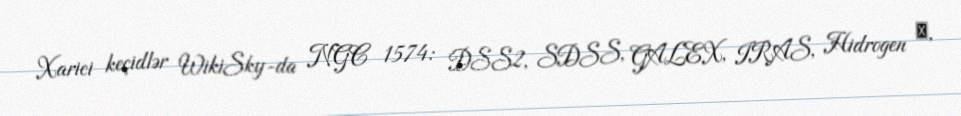
Xarici keçidlər WikiSky-da NGC 1574: DSS2, SDSS, GALEX, IRAS, Hidrogen α,